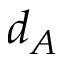
d _ { A }